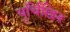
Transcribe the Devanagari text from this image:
युर्चिखिन